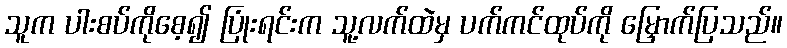
သူက ပါးစပ်ကိုစေ့၍ ပြုံးရင်းက သူ့လက်ထဲမှ ပက်ကင်ထုပ်ကို မြှောက်ပြသည်။